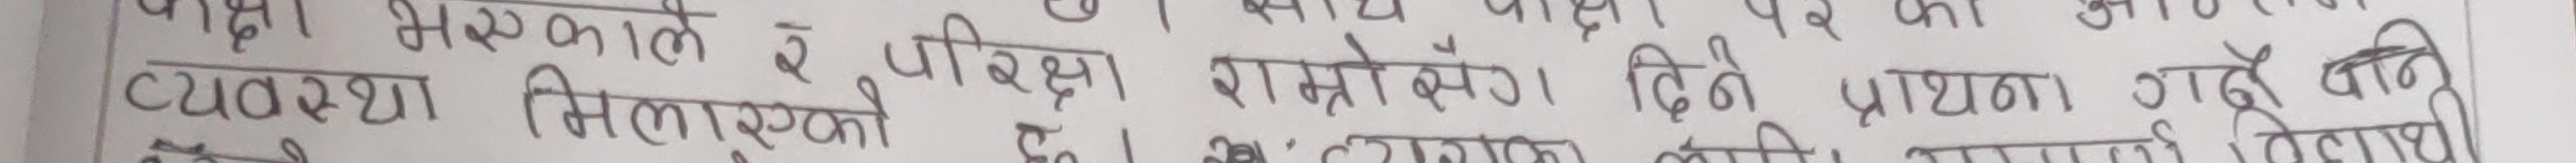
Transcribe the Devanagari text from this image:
व्यवस्था मिलाएको छ । यसले परीक्षा राम्रोसँग दिनुको प्रार्थना गरेँ अनि